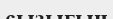
сызығын